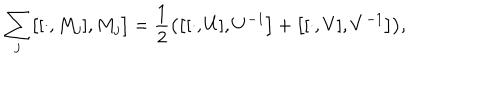
LaTeX: \sum _ { j } \bigl [ [ \cdot , M _ { j } ] , M _ { j } \bigr ] = { \frac { 1 } { 2 } } \bigl ( \bigl [ [ \cdot , U ] , U ^ { - 1 } \bigr ] + \bigl [ [ \cdot , V ] , V ^ { - 1 } \bigr ] \bigr ) , \nonumber